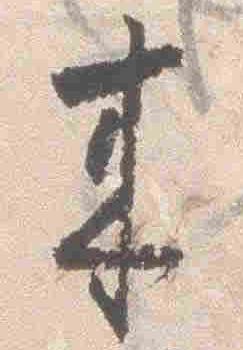
来